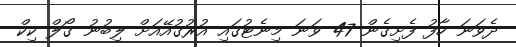
ދެވަނަ ހާފު ފެށިގެން 47 ވަނަ މިނެޓުގައި އުރުގުއޭއަށް ލިބުނު ގޯލް ކިކް